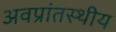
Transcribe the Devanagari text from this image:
अवप्रांतस्थीय